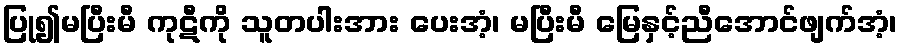
ပြု၍မပြီးမီ ကုဋီကို သူတပါးအား ပေးအံ့၊ မပြီးမီ မြေနှင့်ညီအောင်ဖျက်အံ့၊